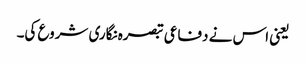
یعنی اس نے دفاعی تبصرہ نگاری شروع کی۔